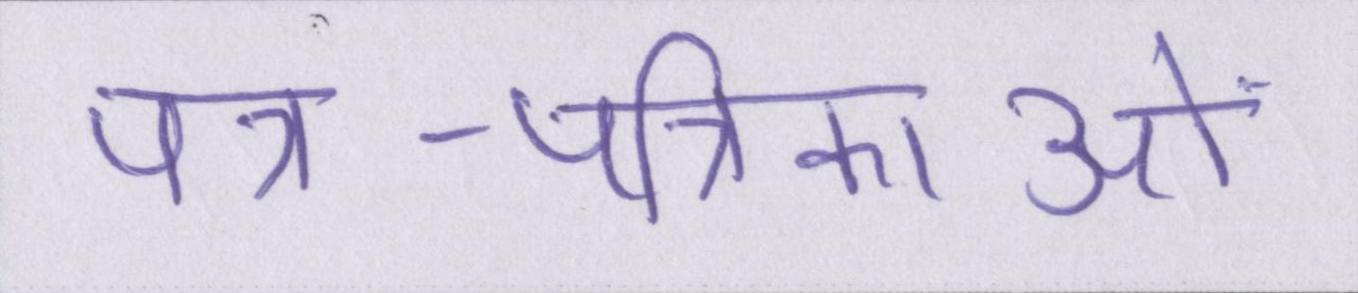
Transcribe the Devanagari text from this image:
पत्र-पत्रिकाओं